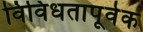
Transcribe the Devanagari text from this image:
विविधतापूर्वक